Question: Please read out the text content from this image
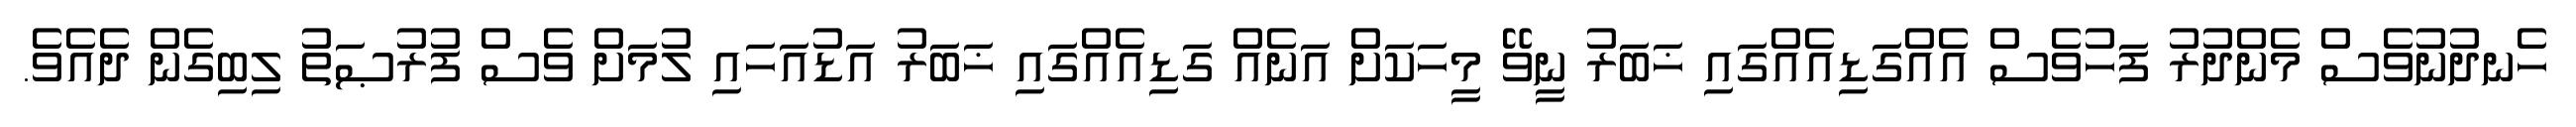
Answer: ހެނދުނުވެސް މެންދުރު ފަހުވެސް އެއްގަޑިއެއްގައި ޚަބަރު ނީވޭ މީހަކަށް އަނެއް ގަޑިއެއްގައި ޚަބަރު އަޑުއަހައި ލުމަށް ވެސް ފުރުޞަތު ލިބިގެން ދެއެވެ.